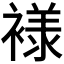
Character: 𰴄